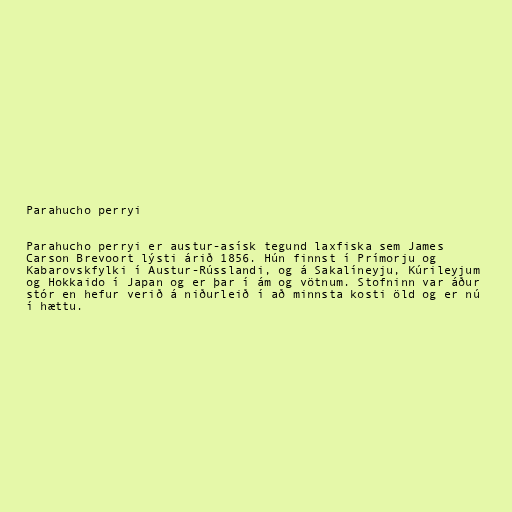
Parahucho perryi

Parahucho perryi er austur-asísk tegund laxfiska sem James
Carson Brevoort lýsti árið 1856. Hún finnst í Prímorju og
Kabarovskfylki í Austur-Rússlandi, og á Sakalíneyju, Kúrileyjum
og Hokkaido í Japan og er þar í ám og vötnum. Stofninn var áður
stór en hefur verið á niðurleið í að minnsta kosti öld og er nú
í hættu.